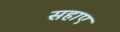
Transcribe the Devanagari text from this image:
सहाए